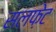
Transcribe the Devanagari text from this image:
सलफ़ेट